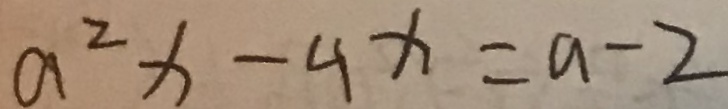
a ^ { 2 } x - 4 x = a - 2